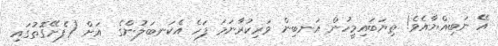
އޭ ނަބިއްޔާއެވެ! ތިޔަބައިމީހުން އަނބިން ވަރިކުރާނަމަ ފަހެ އެކަނބަލުންގެ  އަށް (ފެށޭގޮތުގައި